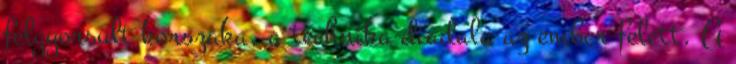
felgyorsult korszaka, a technika diadala az ember felett. A